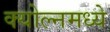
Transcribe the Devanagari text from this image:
क्योल्नमध्ये